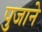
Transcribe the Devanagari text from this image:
पुजाने